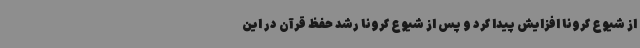
از شیوع کرونا افزایش پیدا کرد و پس از شیوع کرونا رشد حفظ قرآن در این